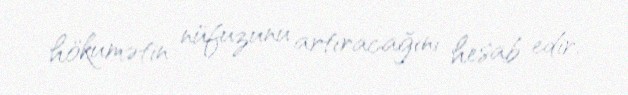
hökumətin nüfuzunu artıracağını hesab edir.